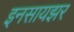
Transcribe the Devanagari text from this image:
इनसायझर